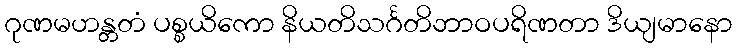
ဂုဏမဟန္တတံ ပစ္စယိကော နိယတိသင်္ဂတိဘာဝပရိဏတာ ဒိယျမာနော